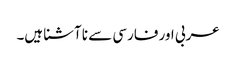
عربی اور فارسی سے نا آشنا ہیں۔